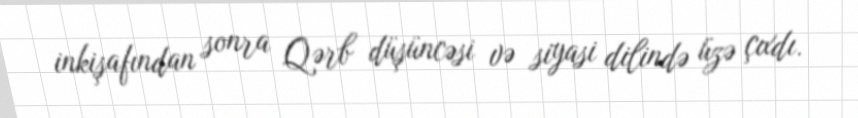
inkişafından sonra Qərb düşüncəsi və siyasi dilində üzə çıxdı.